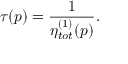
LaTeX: \tau ( p ) = { \frac { 1 } { \eta _ { t o t } ^ { ( 1 ) } ( p ) } } .